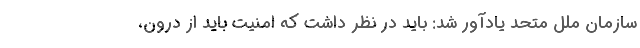
سازمان ملل متحد یادآور شد: باید در نظر داشت که امنیت باید از درون،